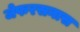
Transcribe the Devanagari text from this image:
जेफरसनास